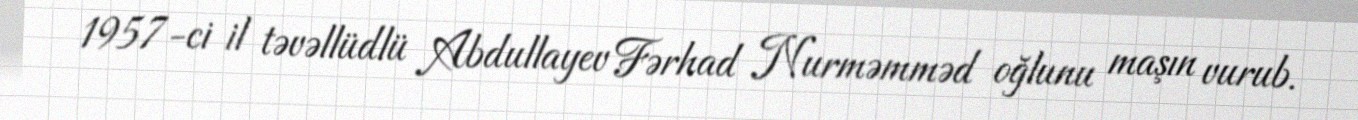
1957-ci il təvəllüdlü Abdullayev Fərhad Nurməmməd oğlunu maşın vurub.